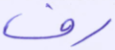
رف